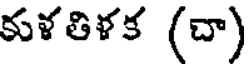
కుళతిళక (చా)